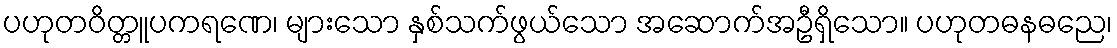
ပဟုတဝိတ္တူပကရဏေ၊ များသော နှစ်သက်ဖွယ်သော အဆောက်အဦရှိသော။ ပဟုတဓနဓညေ၊